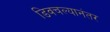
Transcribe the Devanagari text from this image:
डिवचल्यानंतर